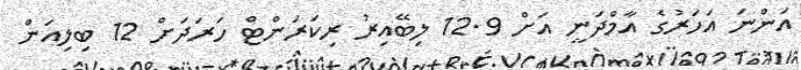
އަންނަ އަހަރުގެ އާމްދަނީ އަށް 12.9 ލިބޭއިރު ރިކަރަންޓް ހަރަދަށް 12 ބިލިއަން